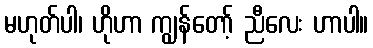
မဟုတ်ပါ၊ ဟိုဟာ ကျွန်တော့် ညီလေး ဟာပါ။